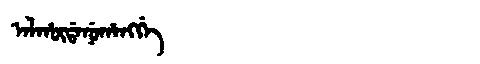
Manchu: ᠠᠯᡥᡡᡩᠠᠨᡠᡥᠠᠩᡤᡝ
Romanization: ALHŪDANUHANGGE